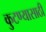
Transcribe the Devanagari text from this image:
कुटण्यासाठी